Civil Veterinary Department. United Provinces 1923-31 - 1923-1931
Year: 1923
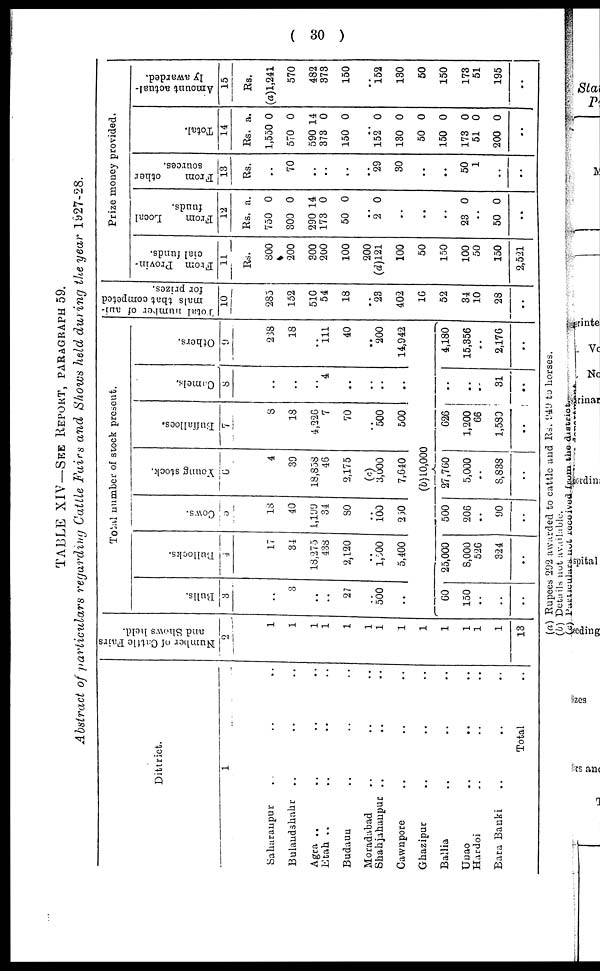
(30)
TABLE XIV— SEE REPORT, PATAGRAPHS 59.
Abstract of particulars
regarding Cattle Fairs and Shows held during the year 1927-28.
Dittrict.
1
Saharanpur .. .. ..
Bulandshahr .. .. ..
Agra .. .. .. ..
Etah .. .. .. ..
Budaun .. .. ..
Moradabad .. .. ..
Shahjahanpur .. .. ..
Cawnpore .. .. ..
Ghazipur
.. .. ..
Ballia .. .. ..
Unao
..
.. ..
Hardoi .. .. ..
Bara Banki .. .. ..
Total ..
Number of Cattle Pairs
and Shows held.
2
1
1
1
1
1
1
1
1
1
1
1
1
1
13
Total number of stock present.
Bulls.
3
..
8
..
..
27
..
500
..
00
150
..
..
..
Bullocks.
4
17
34
18,275
438
2,120
..
1,500
5,400
25,000
8,000
526
324
..
Cows.
5
18
40
1,199
34
30
..
100
250
500
206
..
90
..
Young stock.
6
4
30
18,838
48
2,175
(c)
3,000
7,640
(b)10,000
27,760
5,000
..
8,838
..
Buffalloes.
7
8
18
4,226
7
70
..
500
500
626
1,200
66
1,580
..
Camels.
8
..
..
..
4
..
..
..
..
..
..
..
31
..
Others.
9
238
18
..
111
40
..
200
14,942
4,180
15,356
..
2,176
..
Total num
mals that
for prizes
10
285
152
510
54
18
..
23
402
16
52
34
10
28
..
Prize money provided.
From Provin-
cial funds.
11
Rs.
800
200
800
200
100
200
(d)l2l
100
50
150
100
50
150
2,521
From
Local
funds.
12
Rs. a.
750 0
300 0
290 14
173 0
50 0
..
2 0
..
..
..
23 0
..
50 0
..
From
other
sources.
13
Rs.
..
70
..
..
..
..
29
30
..
..
50
1
..
..
Total.
14
Rs. a.
1,550 0
570 0
590 14
373 0
150 0
..
152 0
130 0
50 0
150 0
173 0
51 0
200 0
..
Amount actual-
ly awarded.
15
Rs.
(a)1,241
570
482
373
150
..
152
130
50
150
173
51
195
..
(a) Rupees 202 awarded to cattle and Rs. 949 to horses.
(b) Details nut available.
(c) Particulars not received from the district.